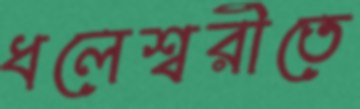
ধলেশ্বরীতে